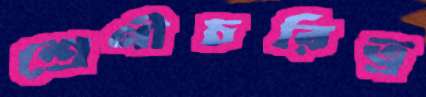
শ্রেণীচরিত্র